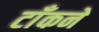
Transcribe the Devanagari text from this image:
टाँकने